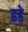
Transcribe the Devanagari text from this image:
ढहे